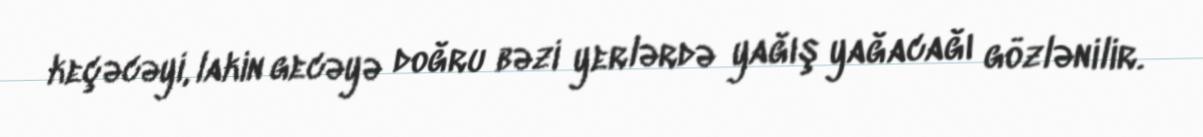
keçəcəyi, lakin gecəyə doğru bəzi yerlərdə yağış yağacağı gözlənilir.